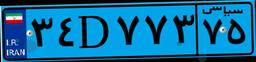
۲۹D۱۷۹۵۶